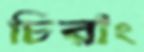
চিরাং